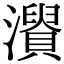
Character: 𤃘